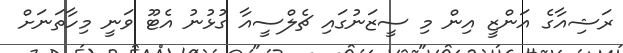
ރަޝިއާގެ އަންޒީ އިން މި ސީޒަނުގައި ޗެލްސީއާ ގުޅުނު އެޓޫ ވަނީ މިހާތަނަށް